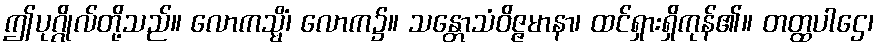
ဤပုဂ္ဂိုလ်တို့သည်။ လောကသ္မိံ၊ လောက၌။ သန္တောသံဝိဇ္ဇမာနာ၊ ထင်ရှားရှိကုန်၏။ တတ္ထပါဌေ၊